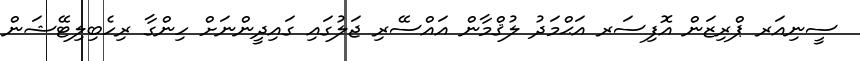
ސީނިއަރ ޕްރިޒަން އޮފިސަރ އަޙްމަދު ލުޤްމާން އައްސޭރި ޖަލުގައި ގައިދީންނަށް ހިންގާ ރިހެބިލިޓޭޝަން